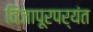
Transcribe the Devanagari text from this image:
विजापूरपर्यंत